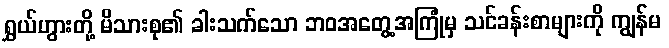
ရွှယ်ဟွားတို့ မိသားစု၏ ခါးသက်သော ဘဝအတွေ့အကြုံမှ သင်ခန်းစာများကို ကျွန်မ